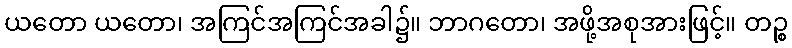
ယတော ယတော၊ အကြင်အကြင်အခါ၌။ ဘာဂတော၊ အဖို့အစုအားဖြင့်။ တဉ္စ